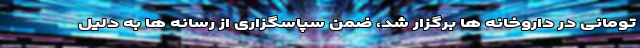
تومانی در داروخانه ها برگزار شد، ضمن سپاسگزاری از رسانه ها به دلیل